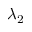
\lambda _ { 2 }